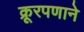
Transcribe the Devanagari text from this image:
क्रूरपणाने